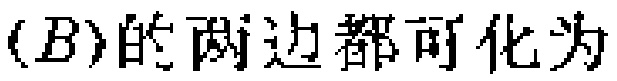
$(B)的两边都可化为$